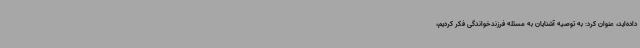
داده‌اید، عنوان کرد: به توصیه آشنایان به مسئله فرزندخواندگی فکر کردیم،